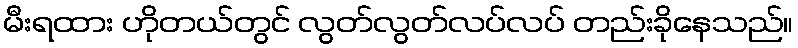
မီးရထား ဟိုတယ်တွင် လွတ်လွတ်လပ်လပ် တည်းခိုနေသည်။